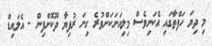
މި ދިޔަ ހަފްތާގައި އެކަނިވެސް މިލިއަނަކަށްވުރެ ގިނަ ރުފިޔާ ދޫކޮށްފިން - އެލައިޑް